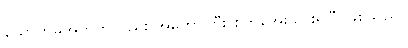
ယောက်မအတွက်လည်း အတော်ကြီး စိတ်အေးသွားရပြီ ဖြစ်သည်။